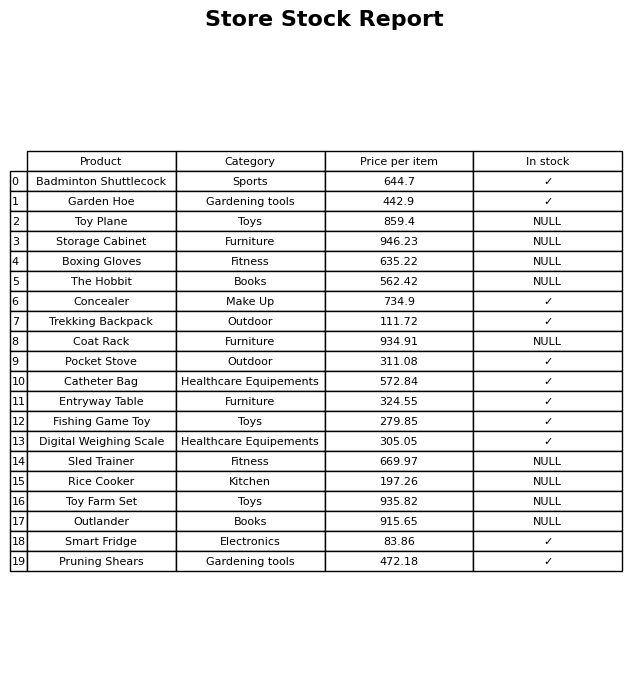
question: What is the price of the Coat Rack?
answer: The price of Coat Rack is 934.91.